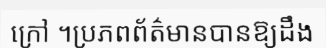
ក្រៅ ។ប្រភពព័ត៌មានបានឱ្យដឹង